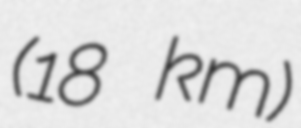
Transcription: (18 km)